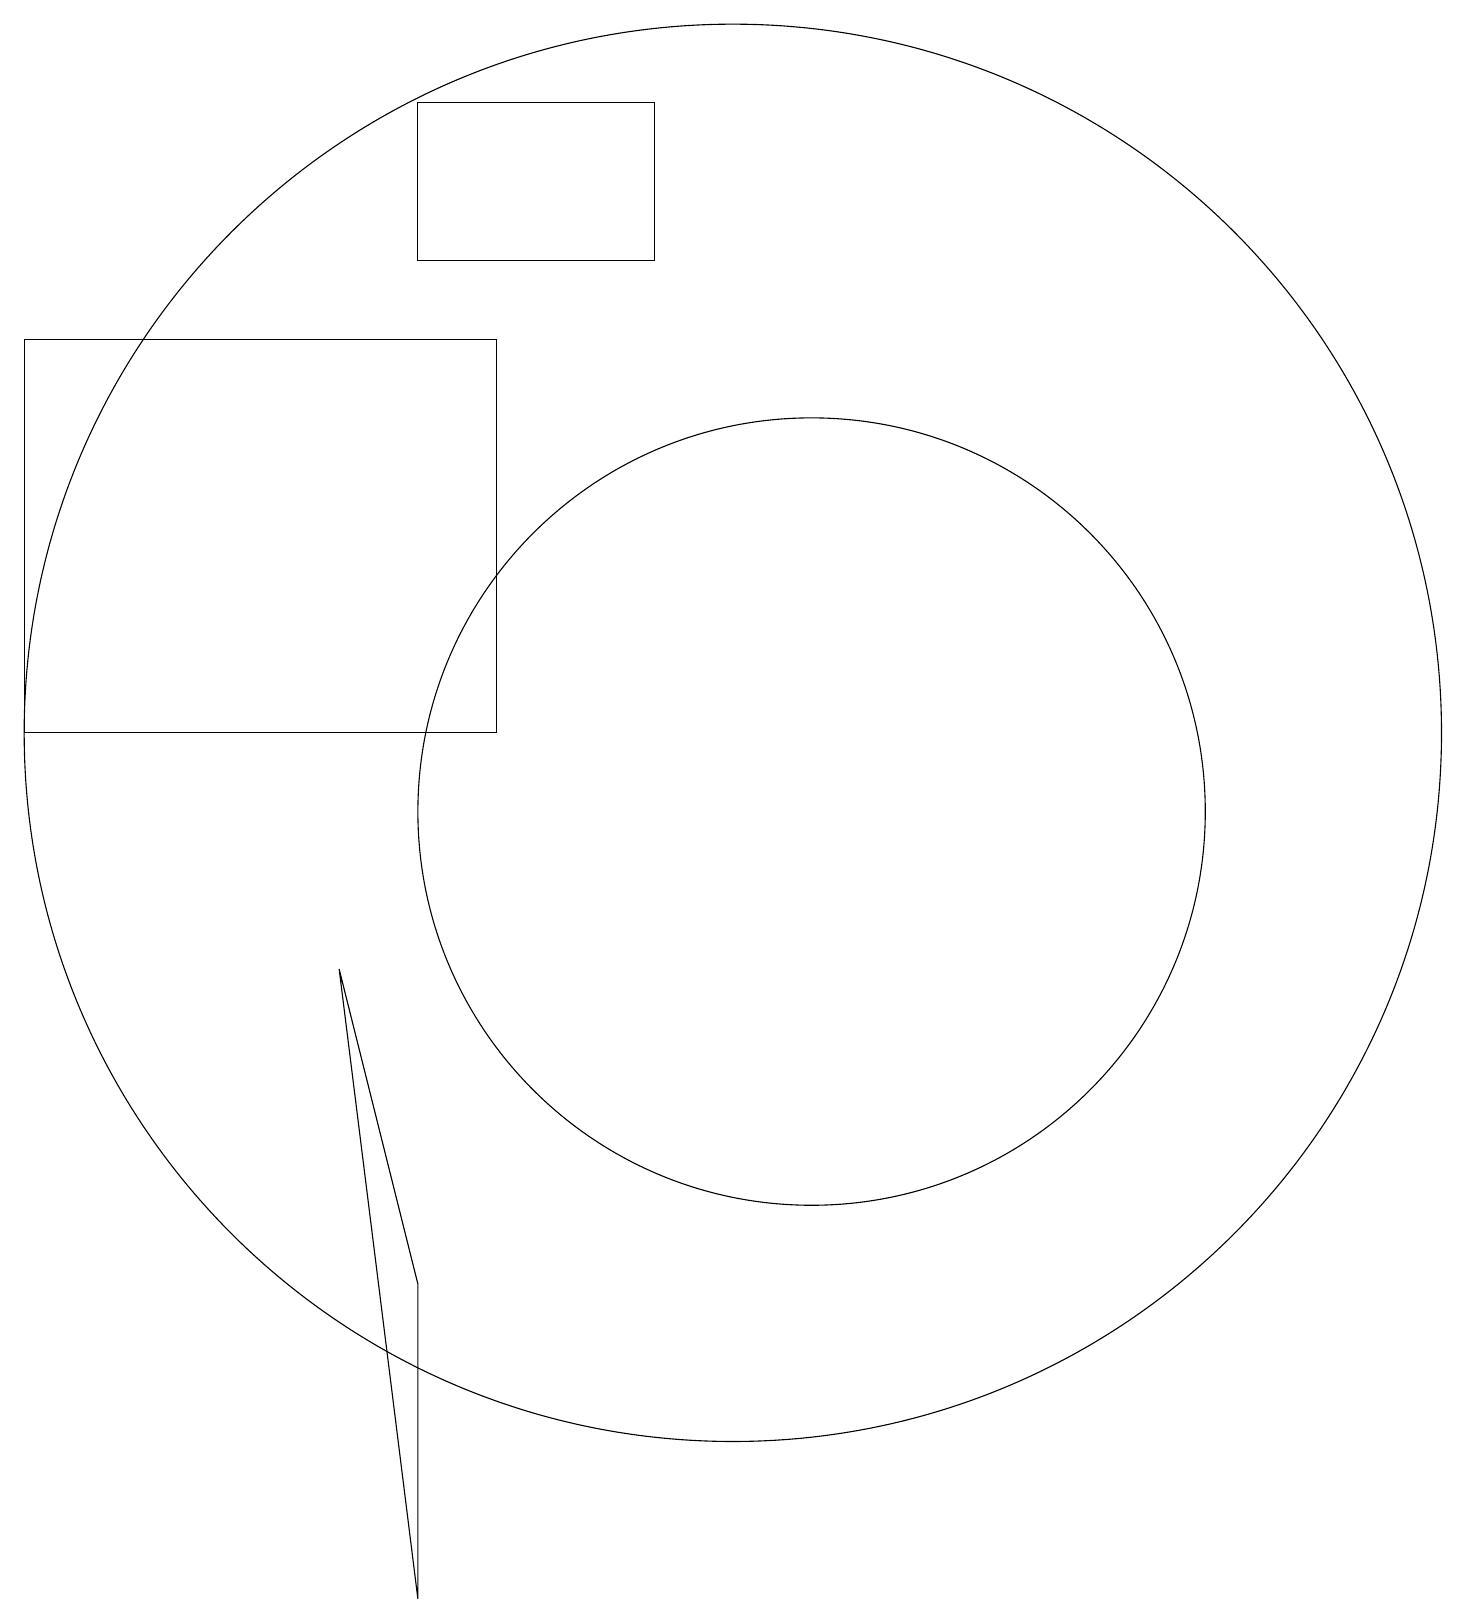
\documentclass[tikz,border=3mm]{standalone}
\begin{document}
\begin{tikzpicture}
\draw (1,16) rectangle (7,11);
\draw (5,8) -- (6,4) -- (6,0) -- cycle;
\draw (11,10) circle (5);
\draw (6,19) rectangle (9,17);
\draw (10,11) circle (9);
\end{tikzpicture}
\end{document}